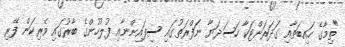
"ތިމާގެ ހައިބަތާއި ގަދަރަށްޓަކާ ހަސަދަޔާ ނަފްރަތުގައި ސިފައިންނާއި ފުލުހުންގެ ބާރުގައި ވެރިކަން ފޭރި